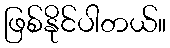
ဖြစ်နိုင်ပါတယ်။